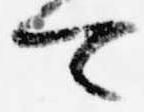
可